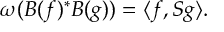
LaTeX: \omega ( B ( f ) ^ { * } B ( g ) ) = \langle f , S g \rangle .